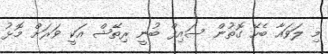
މި ލަވައާ ބެހޭ ގޮތުން ސައިފް ބުނީ ރިތޭޝް އަކީ ވަރަށް މޮޅު